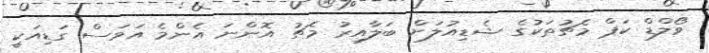
ވޯލްޑް ކަޕް މެޗުތަކުގެ ޝެޑިއުލަށް ބަލާއިރު މެޗު އޮންނަ އެންމެ އަވަސް ގަޑިއަކީ